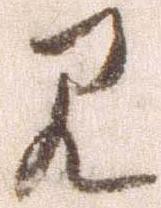
見